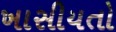
ખાસીયતો